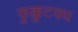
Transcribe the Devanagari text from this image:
कुक्कुटवध